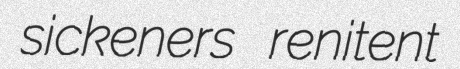
sickeners renitent